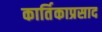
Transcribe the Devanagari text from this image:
कार्तिकाप्रसाद